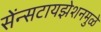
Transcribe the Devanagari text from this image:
सेंन्सटायझेशनमुळे